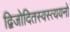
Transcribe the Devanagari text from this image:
द्विजोदितस्वस्त्ययनो